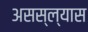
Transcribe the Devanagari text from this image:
असस्ल्यास